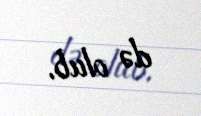
də olub.